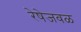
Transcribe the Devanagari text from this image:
रेषेजवळ